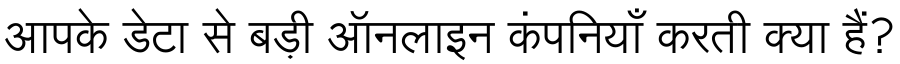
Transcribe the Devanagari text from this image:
आपके डेटा से बड़ी ऑनलाइन कंपनियाँ करती क्या हैं?